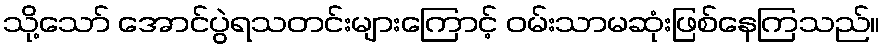
သို့သော် အောင်ပွဲရသတင်းများကြောင့် ဝမ်းသာမဆုံးဖြစ်နေကြသည်။